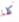
كلا